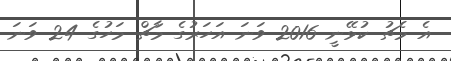
އެ މެޗު ކުޅޭނީ 2016 ވަނަ އަހަރުގެ މާޗް މަހުގެ 24 ވަނަ